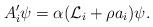
LaTeX: \begin{align*}A_i' \psi = \alpha({\cal L}_i +\rho a_i) \psi.\end{align*}